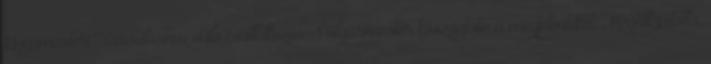
Gyepmesteri Társuláshoz való csatlakozás- Polgármester köszöntötte a megjelenteket. Megállapította,